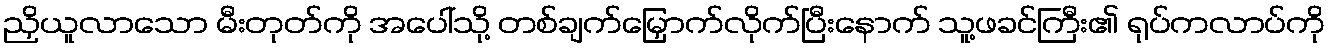
ညှိယူလာသော မီးတုတ်ကို အပေါ်သို့ တစ်ချက်မြှောက်လိုက်ပြီးနောက် သူ့ဖခင်ကြီး၏ ရုပ်ကလာပ်ကို